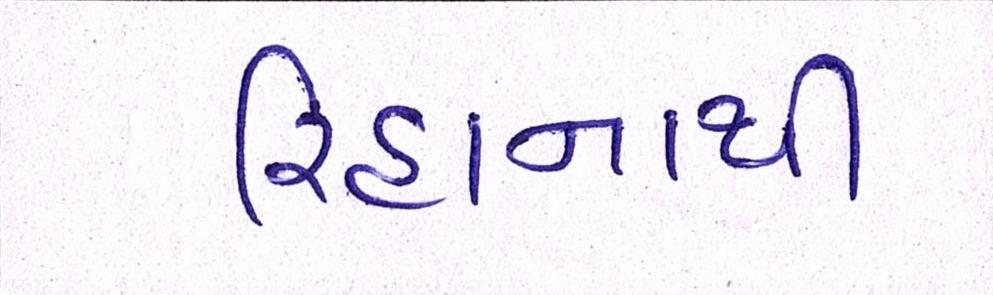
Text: રિહાનાથી